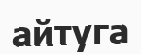
айтуга